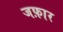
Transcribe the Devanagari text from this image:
जफ़ार